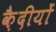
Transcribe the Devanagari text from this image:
क़ैदीयों